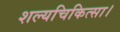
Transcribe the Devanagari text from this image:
शल्यचिकित्सा।